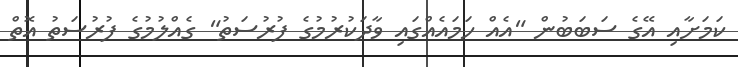
ކަމަށާއި އޭގެ ސަބަބުން "އެއް ހަމައެއްގައި ވާދަކުރުމުގެ ފުރުސަތު" ގެއްލުމުގެ ފުރުސަތު އޮތް